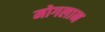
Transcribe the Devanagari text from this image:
मोगलान